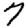
Digit: 7